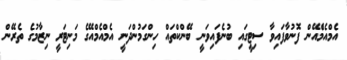
އެމްއެމްެއޭން ފޮނުވާފައިވާ ސިޓީގައި ބުނެފައިވަނީ ބޭންކްތައް ހިންގަމުންދަނީ އެމްއެމްއޭގެ މަނިޓަރީ ނިޒާމުގެ ތެރޭން